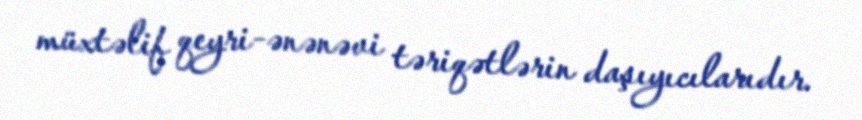
müxtəlif qeyri-ənənəvi təriqətlərin daşıyıcılarıdır.